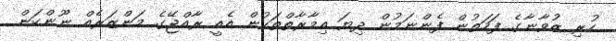
ހުރި ޒުވާނާގެ ފަހަތުން ފެންނަމުން ދިޔަ އިމާރާތްތަކުން އެއީ ރާއްޖޭގެ މަންޒަރެއް ނޫންކަން